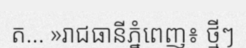
ត... »រាជធានីភ្នំពេញ៖ ថ្មីៗ